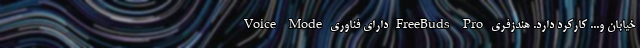
خیابان و... کارکرد دارد. هندزفری FreeBuds Pro دارای فناوری Voice Mode